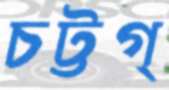
চট্টগ্